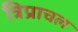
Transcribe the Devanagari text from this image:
त्रिप्राचल